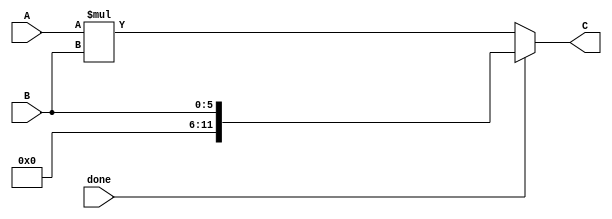
`timescale 1ns / 1ps
//////////////////////////////////////////////////////////////////////////////////
// Company: 
// Engineer: 
// 
// Design Name: 
// Module Name: Mult
// Project Name: 
// Target Devices: 
// Tool Versions: 
// Description: 
// 
// Dependencies: 
// 
// Revision:
// Revision 0.01 - File Created
// Additional Comments:
// 
//////////////////////////////////////////////////////////////////////////////////


  (* USE_DSP="yes" *) module Mult(
    input [5:0] A,
    input [5:0] B,
    input done,
    output [11:0] C
    );
    assign C=(done)? B:A*B;
endmodule